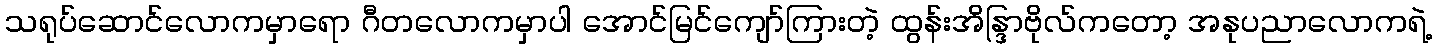
သရုပ်ဆောင်လောကမှာရော ဂီတလောကမှာပါ အောင်မြင်ကျော်ကြားတဲ့ ထွန်းအိန္ဒြာဗိုလ်ကတော့ အနုပညာလောကရဲ့